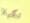
تكيلا